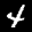
Label: 4